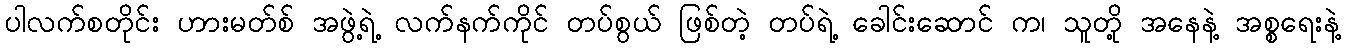
ပါလက်စတိုင်း ဟားမတ်စ် အဖွဲ့ရဲ့ လက်နက်ကိုင် တပ်စွယ် ဖြစ်တဲ့ တပ်ရဲ့ ခေါင်းဆောင် က၊ သူတို့ အနေနဲ့ အစ္စရေးနဲ့